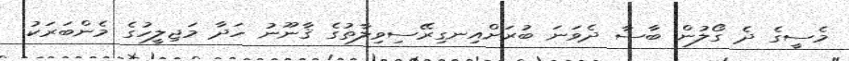
މެސީގެ ދެ ގޯލުން ބާސާ ދެވަނަ ބުރަށްއިނގިރޭސިވިލާތުގެ ޤާނޫނު ހަދާ މަޖިލީހުގެ މެންބަރަކު